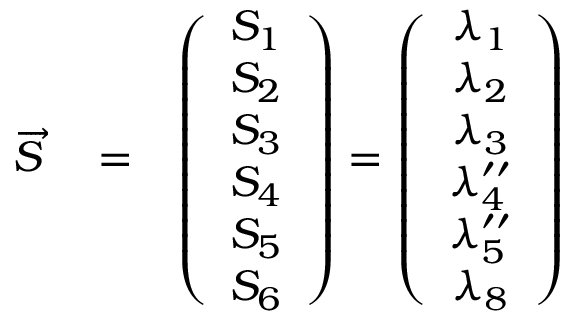
\begin{array} { r l r } { \overrightarrow { S } } & { { } = } & { \left( \begin{array} { c } { S _ { 1 } } \\ { S _ { 2 } } \\ { S _ { 3 } } \\ { S _ { 4 } } \\ { S _ { 5 } } \\ { S _ { 6 } } \end{array} \right) = \left( \begin{array} { c } { \lambda _ { 1 } } \\ { \lambda _ { 2 } } \\ { \lambda _ { 3 } } \\ { \lambda _ { 4 } ^ { \prime \prime } } \\ { \lambda _ { 5 } ^ { \prime \prime } } \\ { \lambda _ { 8 } } \end{array} \right) } \end{array}